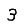
Digit: 3